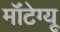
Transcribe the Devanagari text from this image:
मॉंटेग्यू